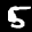
Label: 5